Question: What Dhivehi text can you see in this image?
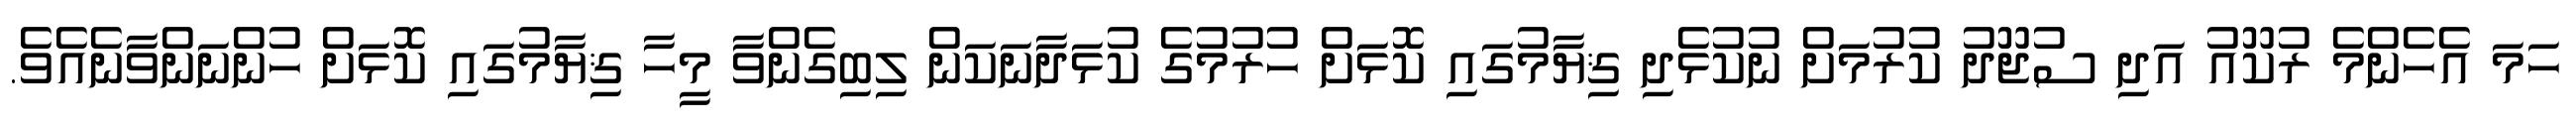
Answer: ހަމަ އެހެންމެ ރުކޫއު އަދި ސުޖޫދު ކުރުމަށް ނުކުޅެދި ޤިޔާމުގައި ކޮޅަށް ހުރުމުގެ ކުޅަދާނަކަން ލިބިގެންވާ މީހާ ޤިޔާމުގައި ކޮޅަށް ހުންނަންވާނެއެވެ.